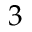
3